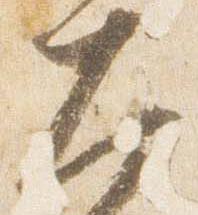
左